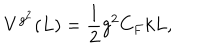
V ^ { g ^ { 2 } } ( L ) = \frac { 1 } { 2 } g ^ { 2 } C _ { F } k L ,